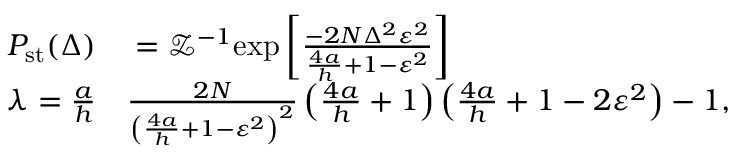
\begin{array} { r l } { P _ { \mathrm { s t } } ( \Delta ) } & { { } = \mathcal { Z } ^ { - 1 } \mathrm { e x p } \left[ \frac { - 2 N \Delta ^ { 2 } \varepsilon ^ { 2 } } { \frac { 4 a } { h } + 1 - \varepsilon ^ { 2 } } \right] } \\ { \lambda = \frac { a } { h } } & { { } \frac { 2 N } { \left( \frac { 4 a } { h } + 1 - \varepsilon ^ { 2 } \right) ^ { 2 } } \left( \frac { 4 a } { h } + 1 \right) \left( \frac { 4 a } { h } + 1 - 2 \varepsilon ^ { 2 } \right) - 1 , } \end{array}